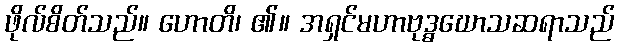
ဖိုလ်စိတ်သည်။ ဟောတိ၊ ၏။ အရှင်မဟာဗုဒ္ဓဃောသဆရာသည်